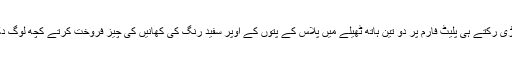
اسٹیشن پر گاڑی رکتے ہی پلیٹ فارم پر دو تین ہاتھ ٹھیلے میں پلاس کے پتوں کے اوپر سفید رنگ کی کھانیں کی چیز فروخت کرتے کچھ لوگ دکھ جاتے ہیں۔